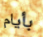
بأيام